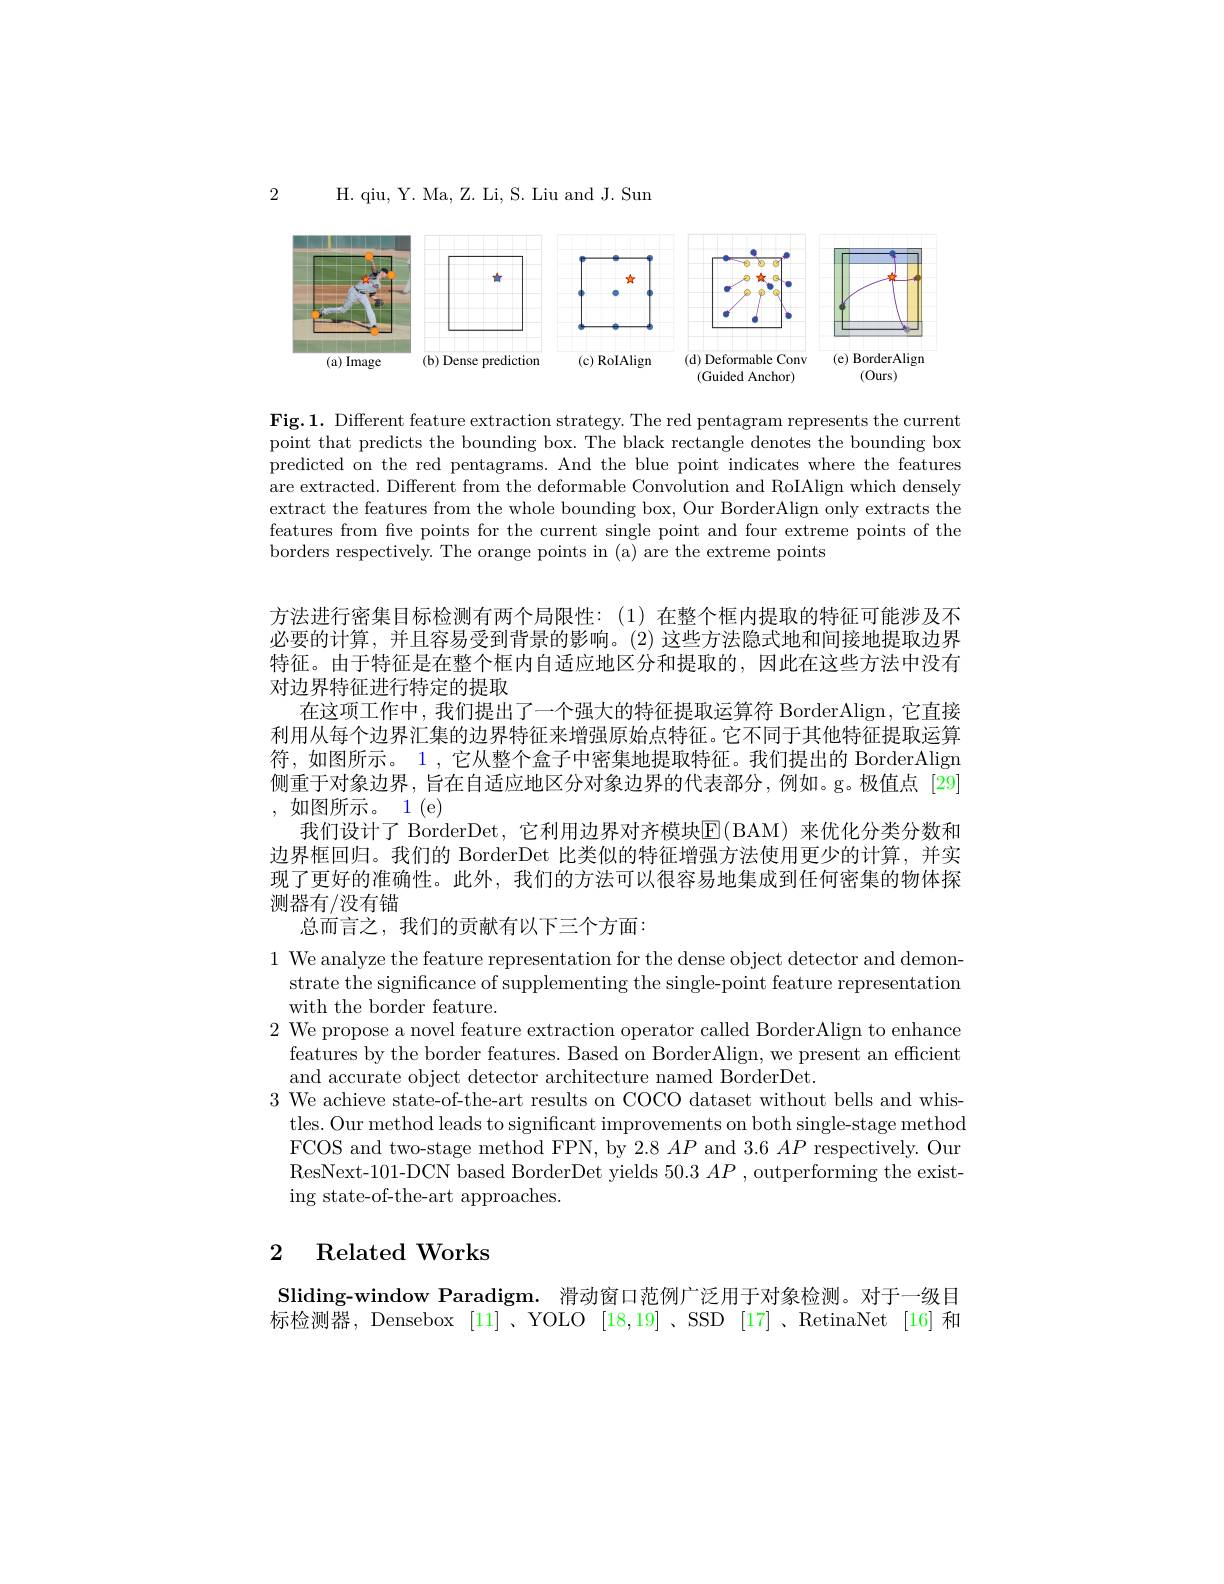
H. qiu, Y. Ma, Z. Li, S. Liu and J. Sun

2

<FigureHere>

Fig.1. Different feature extraction strategy. The red pentagram represents the current point that predicts the bounding box. The black rectangle denotes the bounding box predicted on the red pentagrams. And the blue point indicates where the features are extracted. Different from the deformable Convolution and RoIAlign which densely extract the features from the whole bounding box, Our BorderAlign only extracts the features from five points for the current single point and four extreme points of the borders respectively. The orange points in (a) are the extreme points

方法进行密集目标检测有两个局限性：(1)在整个框内提取的特征可能涉及不必要的计算，并且容易受到背景的影响。(2)这些方法隐式地和间接地提取边界特征。由于特征是在整个框内自适应地区分和提取的，因此在这些方法中没有对边界特征进行特定的提取
在这项工作中，我们提出了一个强大的特征提取运算符 BorderAlign, 它直接利用从每个边界汇集的边界特征来增强原始点特征。它不同于其他特征提取运算符，如图所示。1 , 它从整个盒子中密集地提取特征。我们提出的 BorderAlign 侧重于对象边界，旨在自适应地区分对象边界的代表部分，例如。g。极值点[29] , 如图所示。1 ( e)
我们设计了 BorderDet,它利用边界对齐模块E( BAM) 来优化分类分数和边界框回归。我们的 BorderDet 比类似的特征增强方法使用更少的计算，并实现了更好的准确性。此外，我们的方法可以很容易地集成到任何密集的物体探测器有/没有错

总而言之，我们的贡献有以下三个方面：

1 We analyze the feature representation for the dense object detector and demonstrate the significance of supplementing the single-point feature representation with the border feature.
2 We propose a novel feature extraction operator called BorderAlign to enhance
features by the border features. Based on BorderAlign, we present an efficient
and accurate object detector architecture named BorderDet.
3 We achieve state-of-the-art results on COCO dataset without bells and whis-
tles. Our method leads to significant improvements on both single-stage method FCOS and two-stage method FPN, by 2.8 $AP$ and 3.6 $AP$ respectively. Our ResNext-101-DCN based BorderDet yields $50.3AP$ , outperforming the existing state-of-the-art approaches.

## 2 Related Works

Sliding-window Paradigm. 滑动窗口范例广泛用于对象检测。对于一级目标检测器，Densebox [11]、YOLO [18,19]、SSD [17]、RetinaNet [16]和